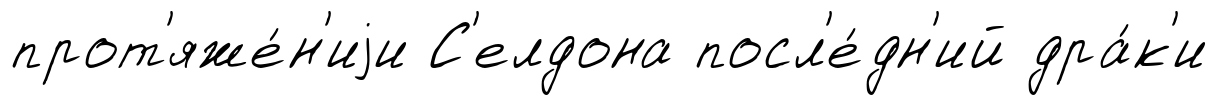
прот'яже́н'иjи С'елдона посл'е́дн'ий дра́к'и